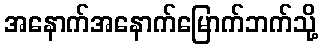
အနောက်အနောက်မြောက်ဘက်သို့